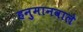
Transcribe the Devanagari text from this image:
हनुमानवाले